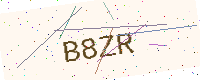
Text: B8ZR